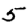
Digit: 5